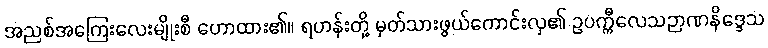
အညစ်အကြေးလေးမျိုးစီ ဟောထား၏။ ရဟန်းတို့ မှတ်သားဖွယ်ကောင်းလှ၏ ဥပက္ကီလေသဉာဏနိဒ္ဒေသ